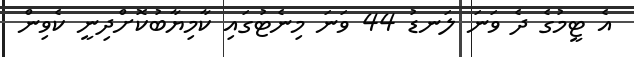
އެ ޓީމުގެ ދެ ވަނަ ލަނޑު 44 ވަނަ މިނެޓުގައި ކާމިޔާބުކޮށްދިނީ ކެވިން